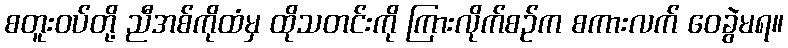
စတူးဝပ်တို့ ညီအစ်ကိုထံမှ ထိုသတင်းကို ကြားလိုက်စဉ်က စကားလက် ဝေခွဲမရ။